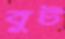
বুট